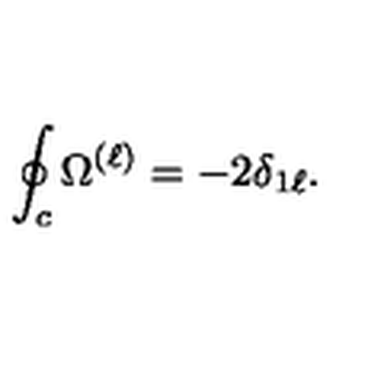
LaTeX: \oint _ { c } \Omega ^ { ( \ell ) } = - 2 \delta _ { 1 \ell } .